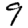
Digit: 9